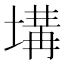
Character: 𡏞